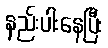
နည်းပါးနေပြီး